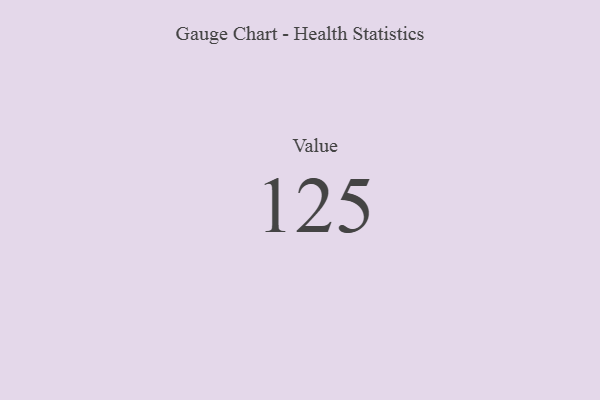
{"axis": {"x": "Metric", "y": "Value"}, "legend": [""], "data": [{"x": "Value", "y": 125, "type": ""}]}